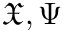
\boldsymbol { \mathfrak { X } } , \boldsymbol { \Psi }